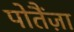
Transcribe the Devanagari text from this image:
पोतैंज़ा